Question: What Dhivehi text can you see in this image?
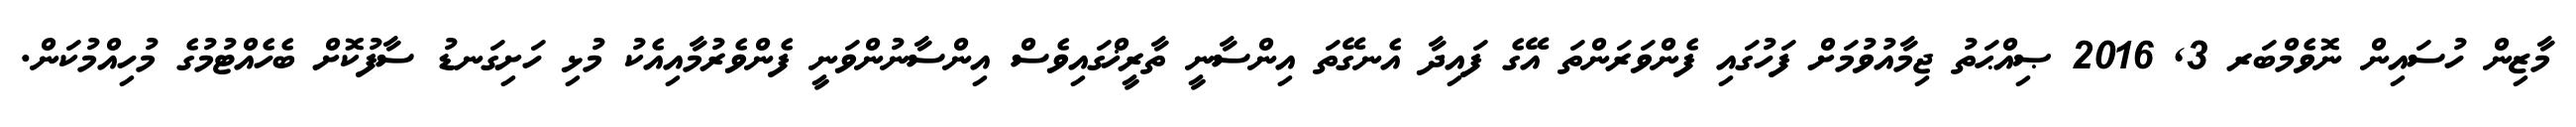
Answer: މާޒިން ހުސައިން ނޮވެމްބަރ 3, 2016 ޞިއްޙަތު ޖިމާއުވުމަށް ފަހުގައި ފެންވަރަންތަ އޭގެ ފައިދާ އެނގޭތަ އިންސާނީ ތާރީޚްގައިވެސް އިންސާނުންވަނީ ފެންވެރުމާއިއެކު މުޅި ހަށިގަނޑު ސާފުކޮށް ބެހެއްޓުމުގެ މުހިއްމުކަން.